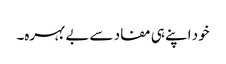
خود اپنے ہی مفاد سے بے بہرہ۔